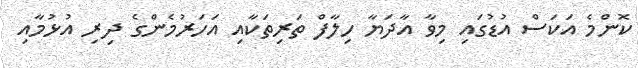
ކޮންމެ އަކަސް އުޑުގައި މިވާ އާދަޔާ ހިލާފް ތަރިތަކާއި އަހަރުމެންގެ ދިރި އުޅުމާއި